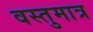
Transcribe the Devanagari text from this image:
वस्तुमात्र